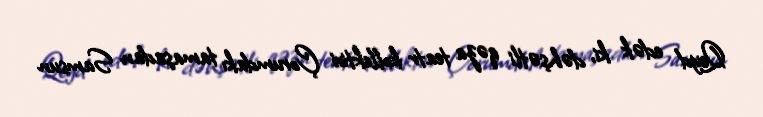
Qeyd edək ki, dəhşətli qəza teatr kollektivi Çorumdakı tamaşadan Samsun